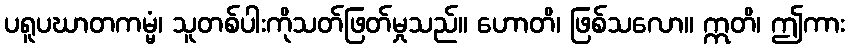
ပရူပဃာတကမ္မံ၊ သူတစ်ပါးကိုသတ်ဖြတ်မှုသည်။ ဟောတိ၊ ဖြစ်သလော။ ဣတိ၊ ဤကား